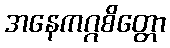
အနေကဂ္ဂစိတ္တော